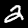
Digit: 2